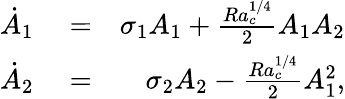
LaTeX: \begin{array}{rlr}{\dot{A}_{1}}&{{}=}&{\sigma_{1}A_{1}+\frac{Ra_{c}^{1/4}}{2}A_{1}A_{2}}\\ {\dot{A}_{2}}&{{}=}&{\sigma_{2}A_{2}-\frac{Ra_{c}^{1/4}}{2}A_{1}^{2},}\end{array}